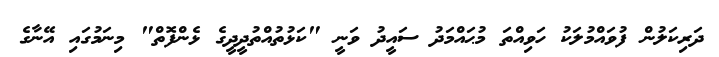
ދަރިކަލުން ފުވައްމުލަކު ހަވިއްތަ މުޙައްމަދު ސައީދު ވަނީ "ކަޅުތުއްތުދީދީގެ ޅެންފޮތް" މިނަމުގައި އޭނާގެ